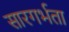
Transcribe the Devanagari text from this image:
सारगर्भता